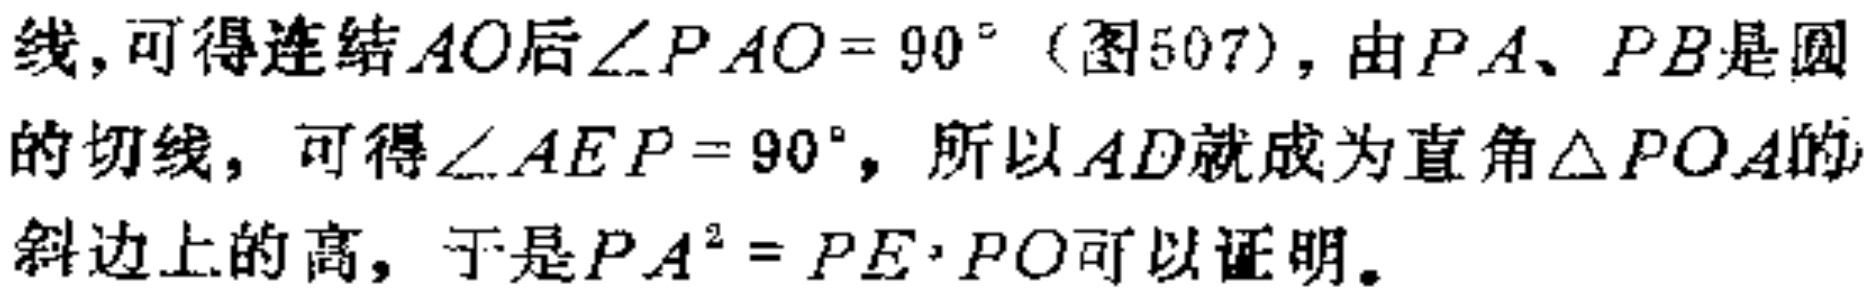
线,可得连结\(AO\)后\(\angle PAO = 90^{\circ}\)（图507）, 由\(PA\)、\(PB\)是圆的切线，可得\(\angle AEP = 90^{\circ}\), 所以\(AD\)就成为直角\(\triangle POA\)的斜边上的高，于是\(PA^{2}=PE\cdot PO\)可以证明。